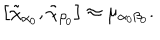
LaTeX: \left[ \tilde { \chi } _ { \alpha _ { 0 } } , \tilde { \chi } _ { \beta _ { 0 } } \right] \approx \mu _ { \alpha _ { 0 } \beta _ { 0 } } .